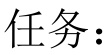
任务：